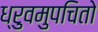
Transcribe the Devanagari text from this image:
ध्रुवमुपचितो